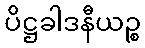
ပိဋ္ဌခါဒနီယဉ္စ